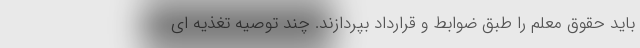
باید حقوق معلم را طبق ضوابط و قرارداد بپردازند. چند توصیه تغذیه ای